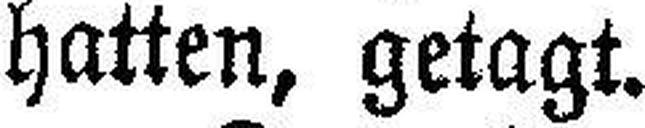
hatten, getagt.